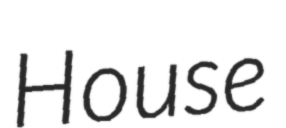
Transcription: House